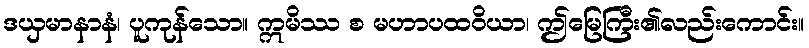
ဒယှမာနာနံ၊ ပူကုန်သော။ ဣမိဿ စ မဟာပထဝိယာ၊ ဤမြေကြီး၏လည်းကောင်း။